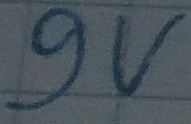
Text: 9V